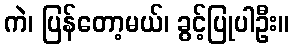
ကဲ၊ ပြန်တော့မယ်၊ ခွင့်ပြုပါဦး။